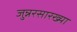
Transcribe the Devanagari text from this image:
जुन्नरसारख्या